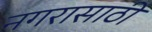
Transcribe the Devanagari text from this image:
नगरासाठी